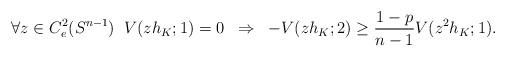
LaTeX: \begin{align*}\forall z \in C^2_e(S^{n-1}) \;\; V(z h_K;1) = 0 \;\; \Rightarrow \;\; -V(z h_K ; 2) \geq \frac{1-p}{n-1} V(z^2 h_K;1) . \end{align*}